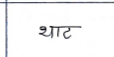
मजकूर: थाट